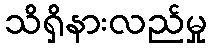
သိရှိနားလည်မှု